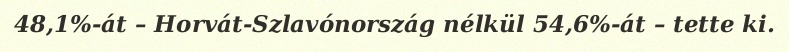
48,1%-át – Horvát-Szlavónország nélkül 54,6%-át – tette ki.